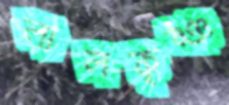
লালকৃষ্ঞ